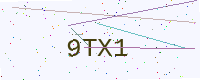
Text: 9TX1